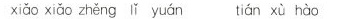
xiǎo xiǎo zhěng lǐ yuán tián xù hào